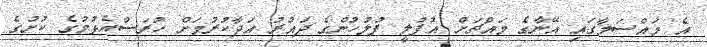
އެ މައްސަލާގައި އޭނާގެ މައްޗަށް އުފުލީ ފުލުހުންގެ ދައުރު އަދާކުރުމަށް ހުރަސްއެޅުމުގެ ކުށުގެ